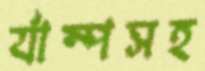
র‍্যাম্পসহ